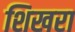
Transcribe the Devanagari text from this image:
शिखरा